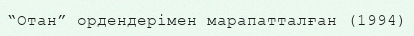
“Отан” ордендерімен марапатталған (1994)